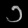
Digit: ၁